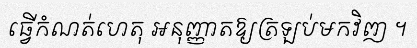
ធ្វើកំណត់ហេតុ អនុញ្ញាតឱ្យត្រឡប់មកវិញ ។